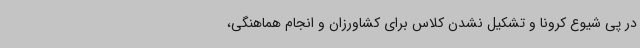
در پی شیوع کرونا و تشکیل نشدن کلاس برای کشاورزان و انجام هماهنگی،